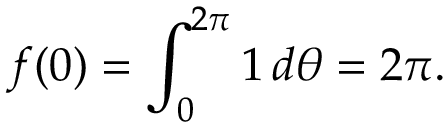
f ( 0 ) = \int _ { 0 } ^ { 2 \pi } 1 \, d \theta = 2 \pi .